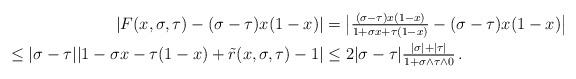
LaTeX: \begin{align*} |F(x,\sigma,\tau)-(\sigma-\tau)x(1-x)|&=\big|\tfrac{(\sigma-\tau)x(1-x)}{ 1+\sigma x + \tau(1-x) }-(\sigma-\tau)x(1-x)\big|\\\leq|\sigma-\tau||1-\sigma x-\tau(1-x)+\tilde r (x,\sigma,\tau)-1|&\leq2|\sigma-\tau|\tfrac{|\sigma|+|\tau|}{1+\sigma\wedge\tau\wedge0}\,.\end{align*}